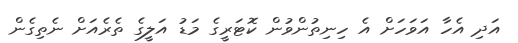
އަދި އެހާ އަވަހަށް އެ ހިނިތުންވުން ކޮޓަރީގެ މަޑު އަލީގެ ތެރެއަށް ނެތިގެން